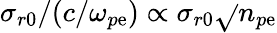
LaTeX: \sigma_{r0}/(c/\omega_{p\mathrm{e}})\propto\sigma_{r0}\sqrt{}{{n_{p\mathrm{e}}}}